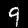
Label: 9